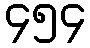
၄၅၄